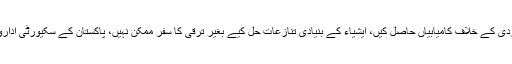
وزیراعظم نے کہا کہ پاکستان نے دہشت گردی کے خلاف کامیابیاں حاصل کیں، ایشیاء کے بنیادی تنازعات حل کیے بغیر ترقی کا سفر ممکن نہیں، پاکستان کے سکیورٹی اداروں نے دہشت گردی کے خلاف قربانیاں دیں۔